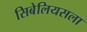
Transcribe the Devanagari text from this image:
सिबेलियसला